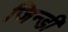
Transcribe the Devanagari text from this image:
जिन्डी